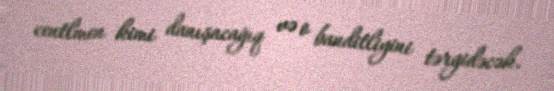
centlmen kimi danışacağıq və o banditliyini tərgidəcək.